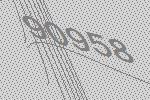
90958